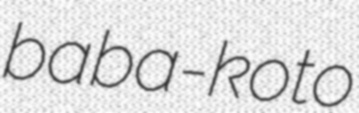
baba-koto